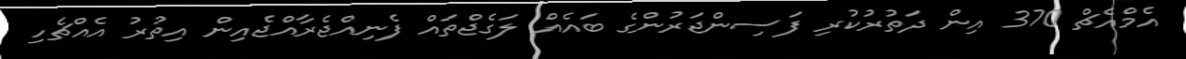
އެމްއެޗް 370 އިން ދަތުރުކުރި ފަސިންޖަރުންގެ ބައެއް ލަގެޖްތައް ފެނިއްޖެރާއްޖެއިން އިތުރު އެއްޗެހި